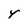
Character: Y